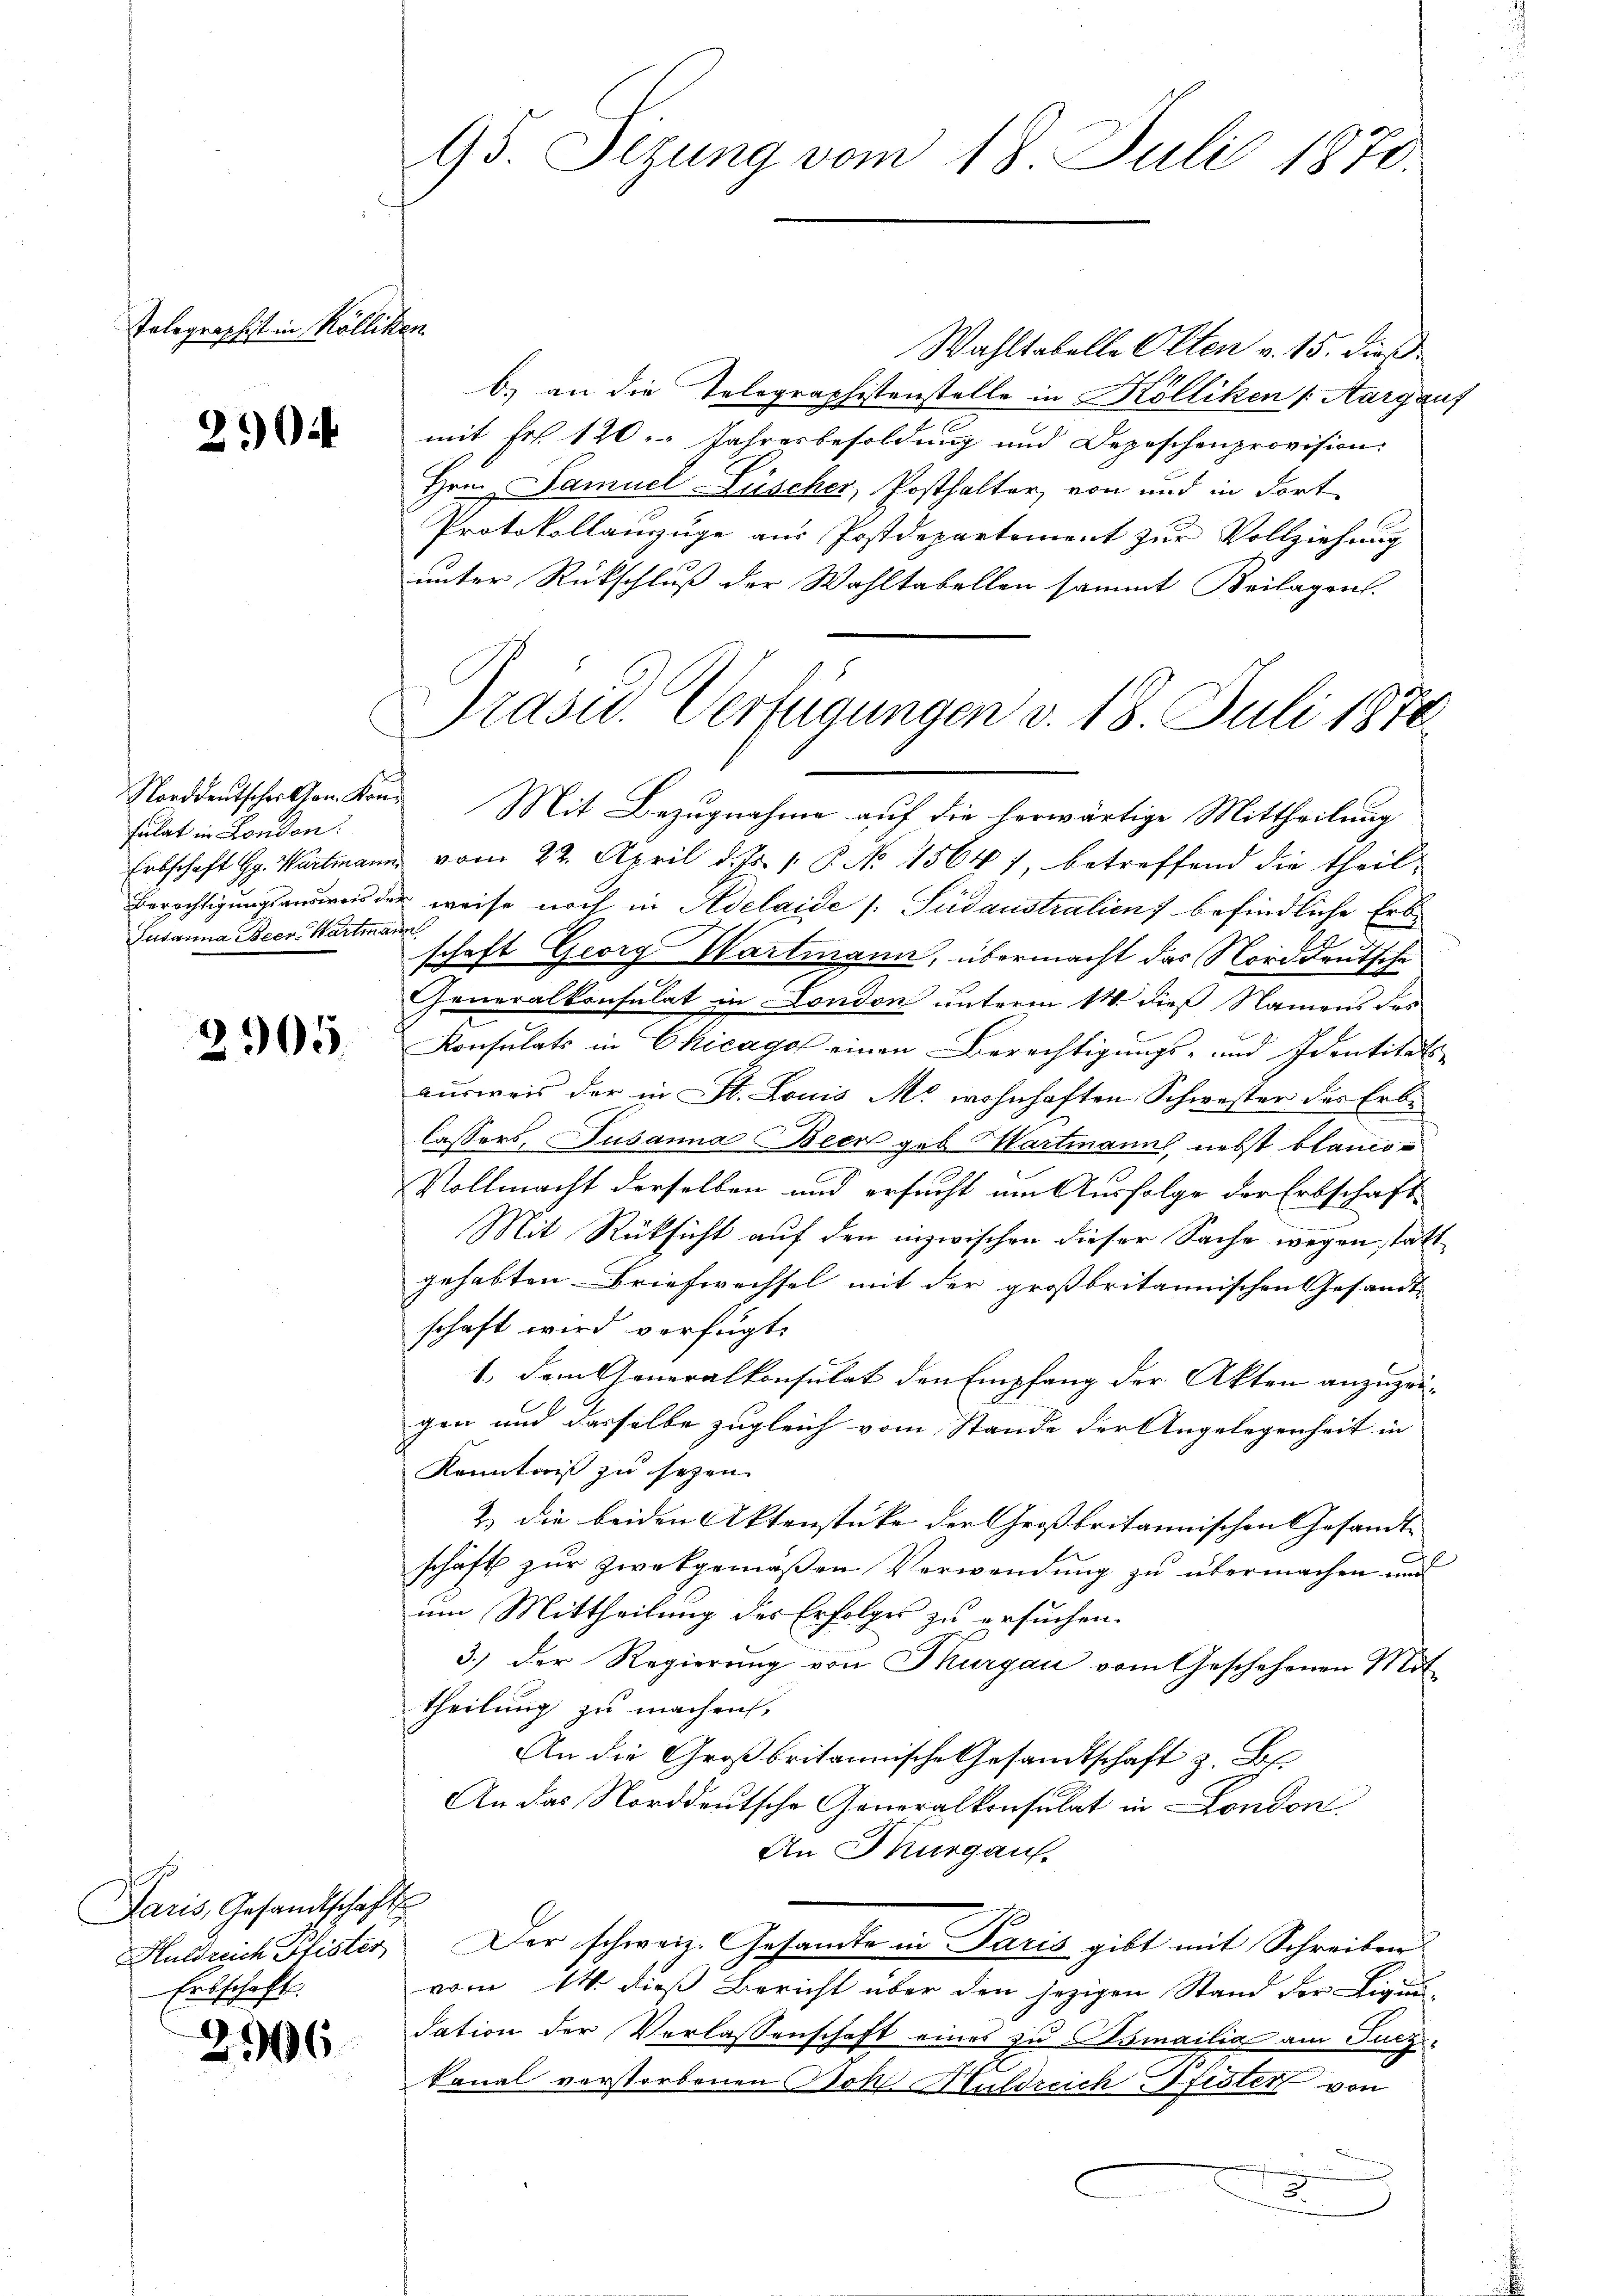
Telegraphist in Kölliken.

204

Fulat in London.
Susanna Beer-Hartmann

2905.

Paris, Gesandtschafts
Erbschaft.

2906

95. Sezung vom 18. Juli 1870.

Wahltabelle Olten v. 15. dieß
b) an die Telegraphistenstelle in Kölliken (Aargauf
mit Fr. 120. Jahresbesoldung und Depeschenprovision.
Hrn. Samuel-Lüscher, Posthalter, von und in dort
Protokollanzüge aus Postdepartement zur Vollziehung
unter Rückschluß der Wahltabellen sammt Beilagen.
Präsid. Verfügungen v. 18. Juli 1878

Norddeutscheithen Kon. Mit Bezugnahme auf die herwärtige Mittheilung
Erbschaft G. Wartmann vom 22. April d. Js. 1. P. No 1564), betreffend die theil¬
Berechtigungsansion der weise noch in Adelaide (: Südaustralien befindliche Erbschaft Georg Wartmann, übermacht das Norddeutsche
Generalkonsulat in London unterm 14. dieß Namens des
Konsulats in Chicago einen Berechtigungs- und Identitäts-
ausweis der in St. Louis M. wohnhaften Schwester des Erbe
lassers, Susanna Beer geb. Hartmann, nebst blanco-
Vollmacht derselben und ersucht um Ausfolge der Erbschaft
Mit Rüksicht auf den inzwischen dieser Sache wegen statt
gehabten Briefwechsel mit der großbritannischen Gesandt
schaft wird verfügt:
1. Dem Generalkonsulat den Empfang der Akten anzuzeigen und dasselbe zugleich vom Stande der Angelegenheit in
Kenntniß zu sehen.
2) die beiden Aktenstücke der Großbritannischen Gesandte
schäft zur zwekgemäßen Verwendung zu übermachen und
um Mittheilung des Erfolges zu ersuchen.
3.) Der Regierung von Thurgau vom Geschehenen Mit
theilung zu machen,
An die Großbritannische Gesandtschaft z. B.
An das Norddeutsche Generalkonsulat in London
An Thurgau.
Huldreich Hister. Der schweiz. Gesandte in Paris gibt mit Schreibens
vom 14. dieß Bericht über den jezigen Stand der Eigen
dation der Verlassenschaft eines zu Osmailia am Suczkanal verstorbenen Joh. Huldreich Pfistert von
b